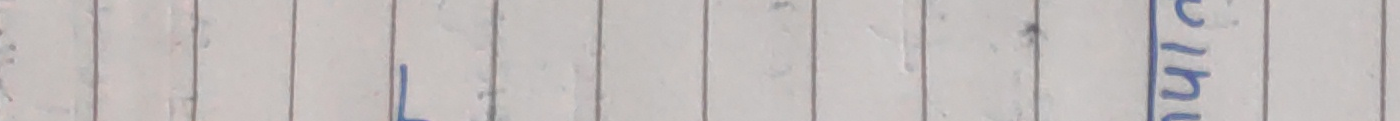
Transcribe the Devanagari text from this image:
नहुने